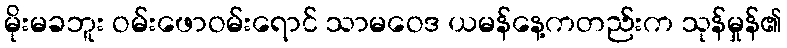
မိုးမခဘူး ဝမ်းဖောဝမ်းရောင် သာမဝေဒ ယမန်နေ့ကတည်းက သုန်မှုန်၏